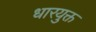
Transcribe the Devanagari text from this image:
धारयुक्त